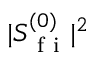
\lvert S _ { \mathrm { ~ f ~ i ~ } } ^ { ( 0 ) } \rvert ^ { 2 }